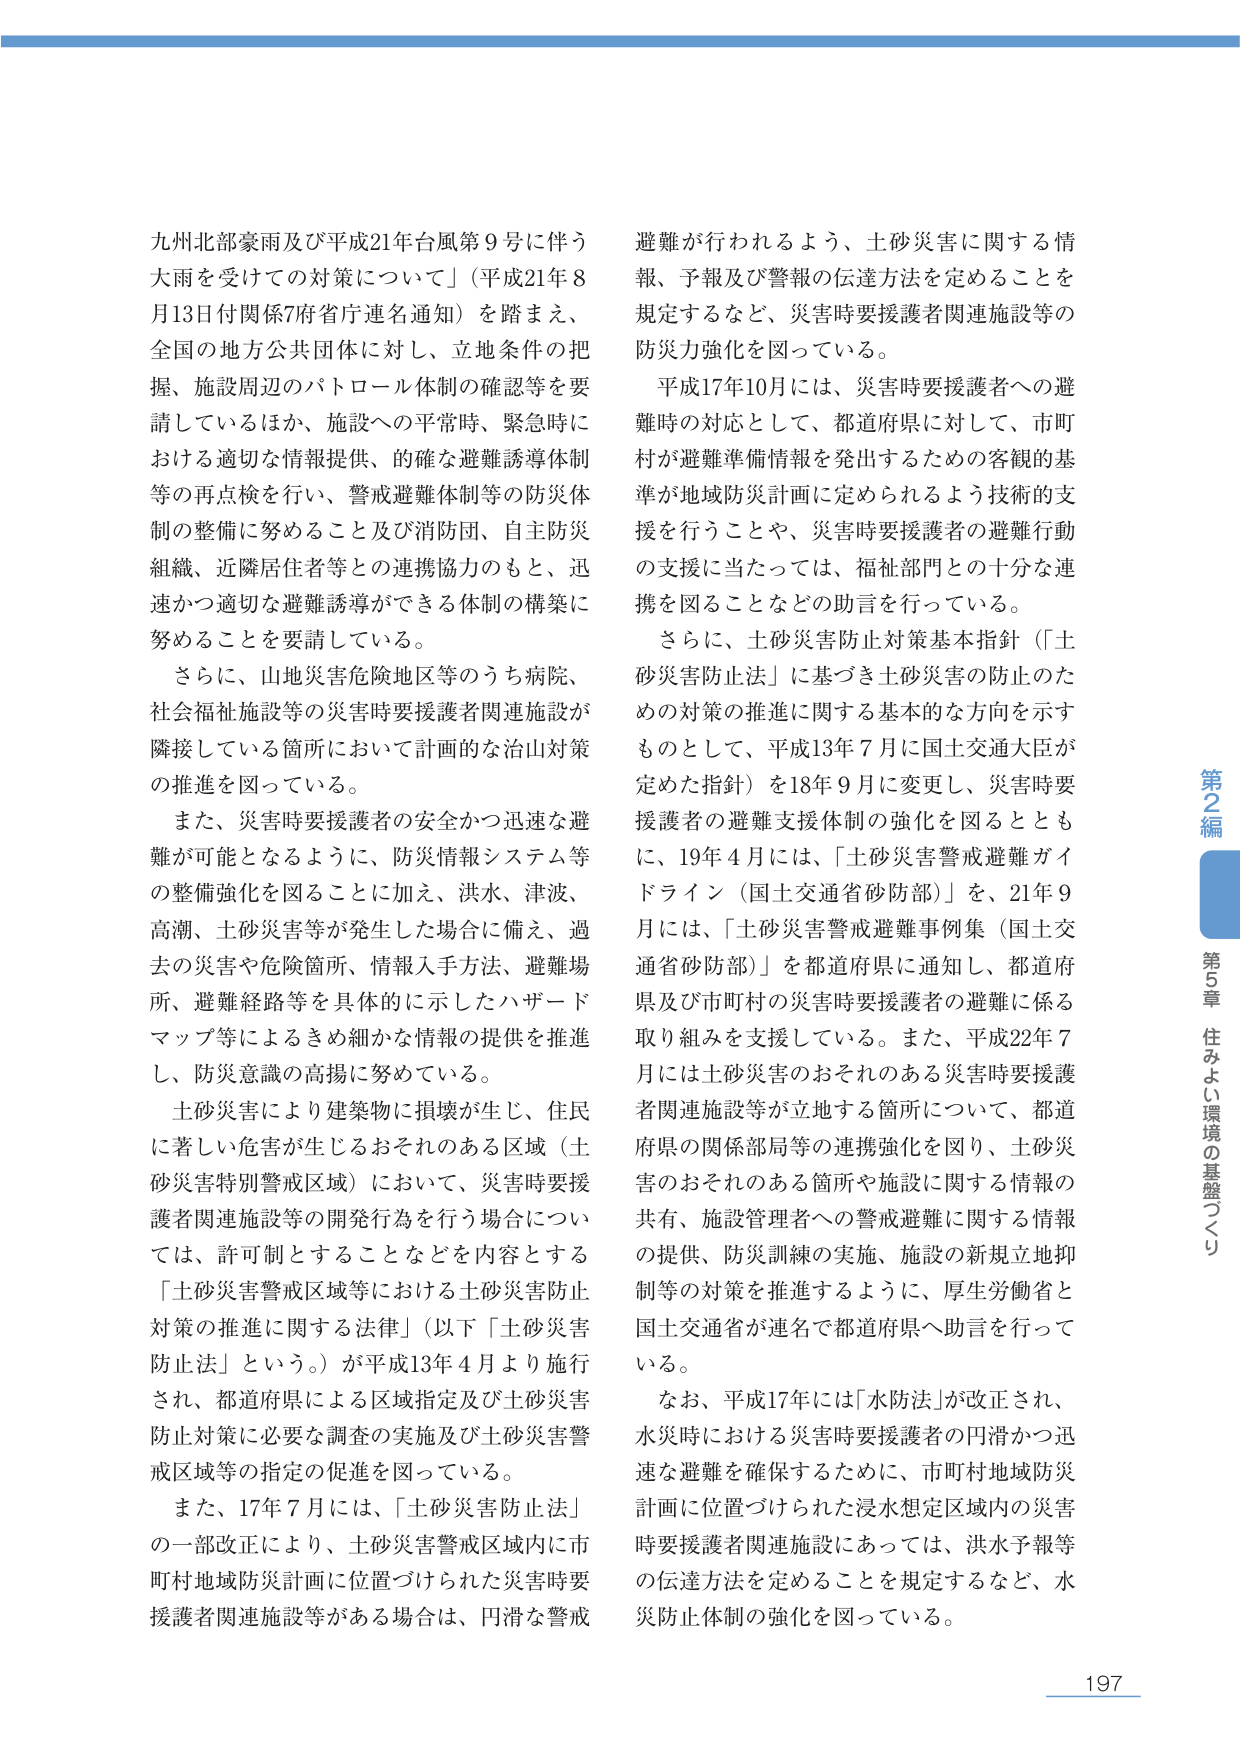
九州北部豪雨及び平成21年台風第9号に伴う大雨を受けての対策について」（平成21年8月13日付関係7府省庁連名通知）を踏まえ、全国の地方公共団体に対し、立地条件の把握、施設周辺のパトロール体制の確認等を要請しているほか、施設への平常時、緊急時における適切な情報提供、的確な避難誘導体制等の再点検を行い、警戒避難体制等の防災体制の整備に努めること及び消防団、自主防災組織、近隣居住者等との連携協力のもと、迅速かつ適切な避難誘導ができる体制の構築に努めることを要請している。

さらに、山地災害危険地区等のうち病院、社会福祉施設等の災害時要援護者関連施設が隣接している箇所において計画的な治山対策の推進を図っている。

また、災害時要援護者の安全かつ迅速な避難が可能となるように、防災情報システム等の整備強化を図ることに加え、洪水、津波、高潮、土砂災害等が発生した場合に備え、過去の災害や危険箇所、情報入手方法、避難場所、避難経路等を具体的に示したハザードマップ等によるきめ細かな情報の提供を推進し、防災意識の高揚に努めている。

土砂災害により建築物に損壊が生じ、住民に著しい危害が生じるおそれのある区域（土砂災害特別警戒区域）において、災害時要援護者関連施設等の開発行為を行う場合については、許可制とすることなどを内容とする「土砂災害警戒区域等における土砂災害防止対策の推進に関する法律」（以下「土砂災害防止法」という。）が平成13年4月より施行され、都道府県による区域指定及び土砂災害防止対策に必要な調査の実施及び土砂災害警戒区域等の指定の促進を図っている。

また、17年7月には、「土砂災害防止法」の一部改正により、土砂災害警戒区域内に市町村地域防災計画に位置づけられた災害時要援護者関連施設等がある場合は、円滑な警戒避難が行われるよう、土砂災害に関する情報、予報及び警報の伝達方法を定めることを規定するなど、災害時要援護者関連施設等の防災力強化を図っている。

平成17年10月には、災害時要援護者への避難時の対応として、都道府県に対して、市町村が避難準備情報を発出するための客観的基準が地域防災計画に定められるよう技術的支援を行うことや、災害時要援護者の避難行動の支援に当たっては、福祉部門との十分な連携を図ることなどの助言を行っている。

さらに、土砂災害防止対策基本指針（「土砂災害防止法」に基づき土砂災害の防止のための対策の推進に関する基本的な方向を示すものとして、平成13年7月に国土交通大臣が定めた指針）を18年9月に変更し、災害時要援護者の避難支援体制の強化を図るとともに、19年4月には、「土砂災害警戒避難ガイドライン（国土交通省砂防部）」を、21年9月には、「土砂災害警戒避難事例集（国土交通省砂防部）」を都道府県に通知し、都道府県及び市町村の災害時要援護者の避難に係る取り組みを支援している。また、平成22年7月には土砂災害のおそれのある災害時要援護者関連施設等が立地する箇所について、都道府県の関係部局等の連携強化を図り、土砂災害のおそれのある箇所や施設に関する情報の共有、施設管理者への警戒避難に関する情報の提供、防災訓練の実施、施設の新規立地抑制等の対策を推進するように、厚生労働省と国土交通省が連名で都道府県へ助言を行っている。

なお、平成17年には「水防法」が改正され、水災時における災害時要援護者の円滑かつ迅速な避難を確保するために、市町村地域防災計画に位置づけられた浸水想定区域内の災害時要援護者関連施設にあっては、洪水予報等の伝達方法を定めることを規定するなど、水災防止体制の強化を図っている。

第2編
第5章 住みよい環境の基盤づくり

197